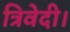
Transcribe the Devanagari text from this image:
त्रिवेदी।